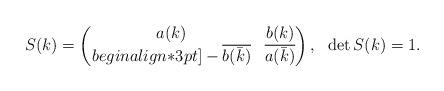
LaTeX: \begin{align*}S(k)=\begin{pmatrix}a(k) & b(k) \\begin{align*}3pt]-\overline{b(\bar{k})} & \overline{a(\bar{k})}\end{pmatrix}, \ \ \det S(k)=1.\end{align*}